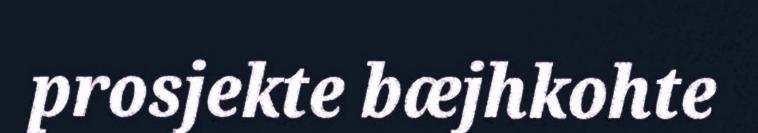
prosjekte bæjhkohte